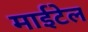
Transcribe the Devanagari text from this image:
माईटेल